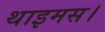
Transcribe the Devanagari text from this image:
थाइमस।